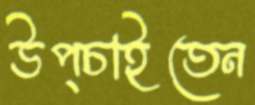
উপ্‌চাইতেন